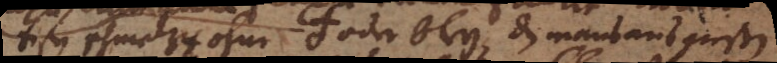
Eisen schmelzen ohne ♁ oder bley, daß mans ausgießen